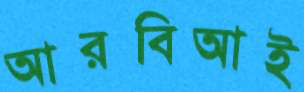
আরবিআই